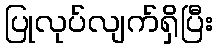
ပြုလုပ်လျက်ရှိပြီး